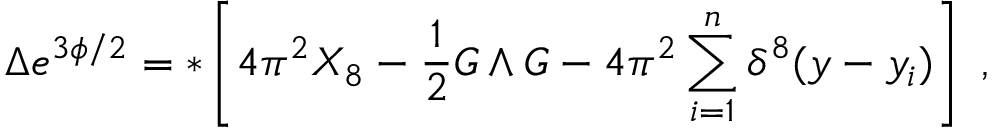
\Delta e ^ { 3 \phi / 2 } = * \left[ 4 \pi ^ { 2 } X _ { 8 } - { \frac { 1 } { 2 } } G \wedge G - 4 \pi ^ { 2 } \sum _ { i = 1 } ^ { n } \delta ^ { 8 } ( y - y _ { i } ) \right] \ ,